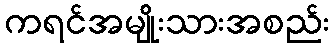
ကရင်အမျိုးသားအစည်း